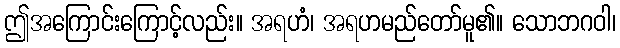
ဤအကြောင်းကြောင့်လည်း။ အရဟံ၊ အရဟမည်တော်မူ၏။ သောဘဂဝါ၊